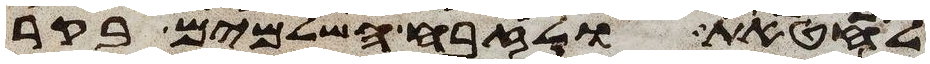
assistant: לחטאת ולזבח השלמים בקר